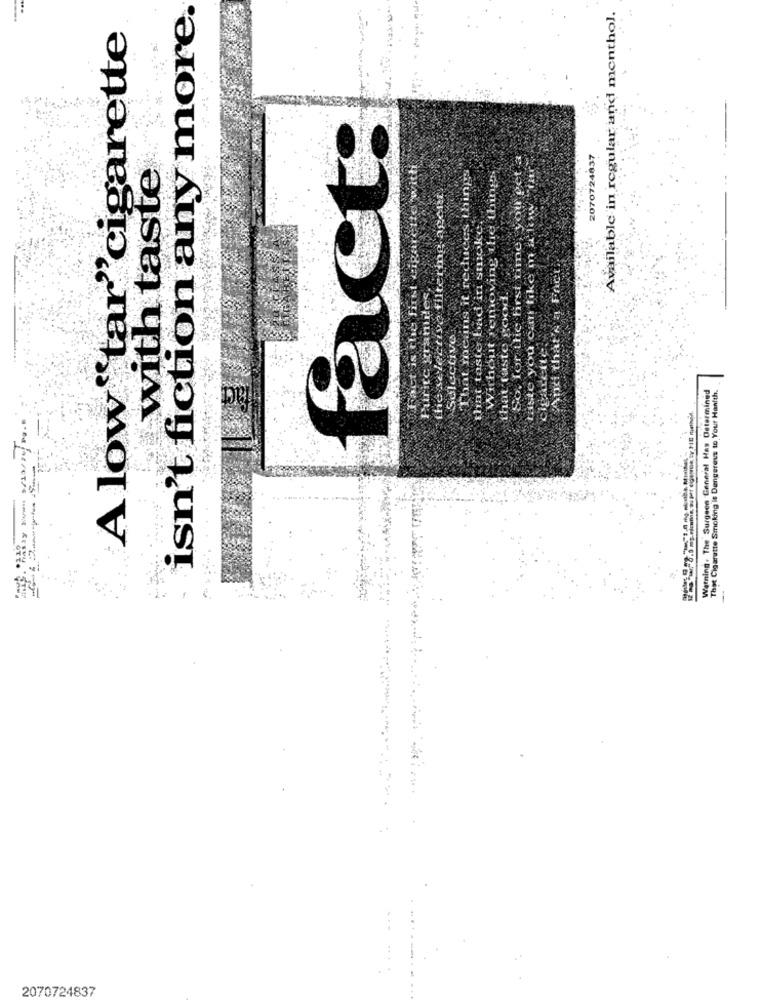
isn't fiction any more.
Available in regular and menthol.
A low tar"cigarette
fact:
2070724837
with taste
tering agoin
That means it reduce
m
the first tin
And that's'a Fact
traste good
that taste bad
tren
Selective
the s
Liste
Warning. The Surgeon General Has Determined
tha
That Cigarette Smoking is Dangerous to Your Hanfth.
Pg . *
2070724837